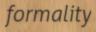
formality